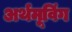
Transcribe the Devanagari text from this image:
अर्थमूविंग